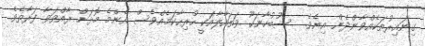
ގިނައިރުތަކެއްވާންދެން އިނެވެ.  ސުބުހާނަހޫ ވަތައާލާއަކީ ހުރިހާކަމެއްވެސް އެންމެ މޮޅަށް ރާއްވަވާ ފަރާތެވެ.